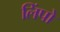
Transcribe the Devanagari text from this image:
लिंपो